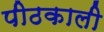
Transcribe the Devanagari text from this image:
पीठकाली